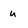
Character: u